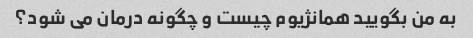
به من بگویید همانژیوم چیست و چگونه درمان می شود؟